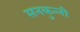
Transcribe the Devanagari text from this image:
सनकुन्नी